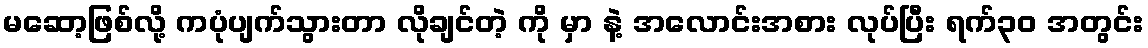
မဆော့ဖြစ်လို့ ကပုံပျက်သွားတာ လိုချင်တဲ့ ကို မှာ နဲ့ အလောင်းအစား လုပ်ပြီး ရက်၃၀ အတွင်း